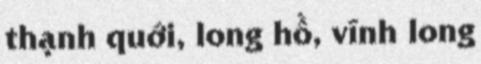
thạnh quới, long hồ, vĩnh long